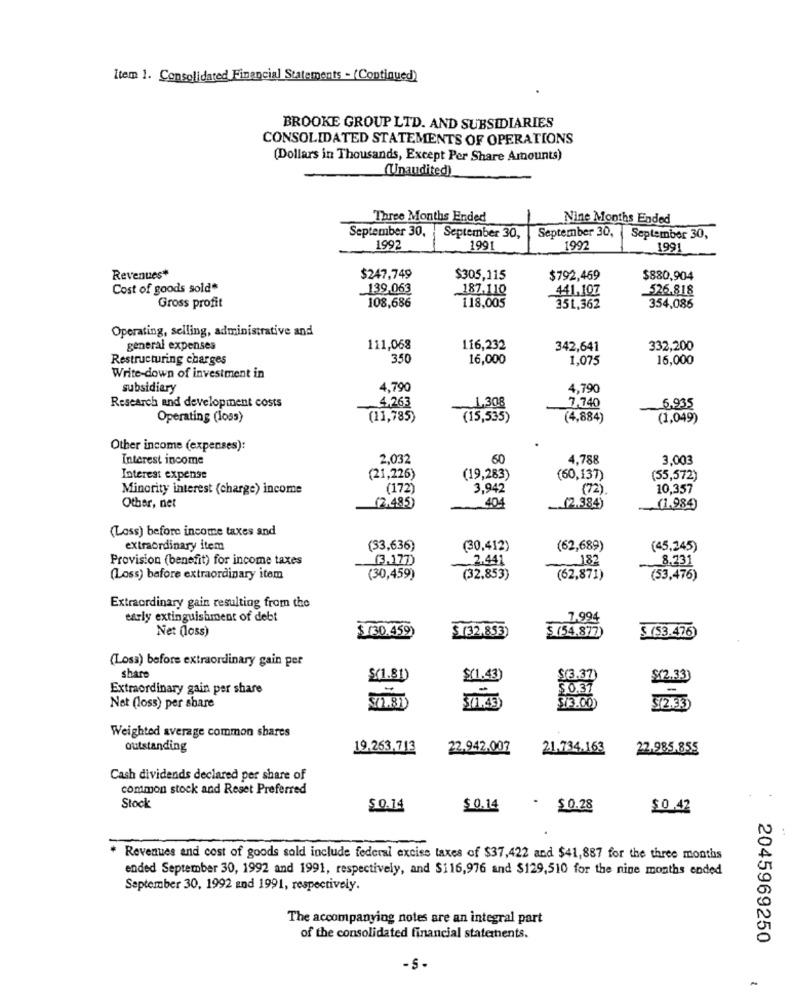
item 1. Consolidated Financial Statements - (Continued)
BROOKE GROUP LTD. AND SUBSIDIARIES
CONSOLIDATED STATEMENTS OF OPERATIONS
(Dollars in Thousands, Except Per Share Amounts)
(Unaudited)
Three Months Ended
Nine Months Ended
September 30.
September 30,
September 30,
September 30,
1992
1991
1992
1991
Revenues*
$247,749
$305,115
$792,469
$880,904
Cost of goods sold*
139.063
187.110
441,107
526.818
Gross profit
108,686
118,005
351,362
354,086
Operating, selling, administrative and
general expenses
111,068
116,232
342,641
332,200
Restructuring charges
350
16,000
1,075
16,000
Write-down of investment in
subsidiary
4.790
4,790
Research and development costs
4.263
~ 1,308
7,740
6.935
Operating (1053)
(11,785)
(15,535)
(4,884)
(1,049)
Other income (expenses):
Interest income
2,032
60
4,788
3,003
Interest expense
(21,226)
(19,283)
(60,137)
(55,572)
Minority interest (charge) income
(172)
3,942
(72).
10,357
404
Other, net
(2,485)
.(2.384)
(1.984)
(Loss) before income taxes and
extraordinary item
(33,636)
(30,412)
(62,689)
(45,245)
Provision (benefit) for income taxes
(3,177)
2.441
182
8.731
(Loss) before extraordinary item
(30,459)
(32,853)
(62,871)
(53,476)
Extraordinary gain resulting from the
early extinguishment of debt
7,994
Net (loss)
$(32,853)
$ (54,877)
$(30.459)
$ (53.476)
(Losa) before extraordinary gain per
share
$(1.81)
$(1.43)
$(3.37)
$(2.33)
Extraordinary gain per share
$ 0.37
Net (loss) per share
$/3.00)
3/2.33
Weighted average common shares
outstanding
19.263.713
22.942.007
21.734.163
22.985.855
Cash dividends declared per share of
common stock and Reset Preferred
Stock
$ 0.14
$0.14
- $0.28
$0.42
* Revenues and cost of goods sold include federal excise taxes of $37,422 and $41,887 for the three months
ended September 30, 1992 and 1991, respectively, and $116,976 and $129,510 for the nine months ended
September 30, 1992 and 1991, respectively.
The accompanying notes are an integral part
of the consolidated financial statements.
2045969250
-